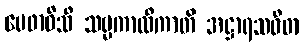
မေဓာဝီသိ သဗ္ဗကာလိကာတိ အဋ္ဌာရသဝိဓာ